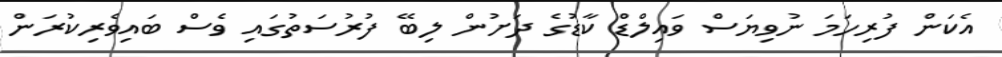
އެކަން ފުރިހަމަ ނުވިޔަސް ވައިލްޑް ކާޑުގެ ދަށުން ލިބޭ ފުރުސަތުގައި ވެސް ބައިވެރިކުރަން